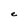
Character: e